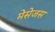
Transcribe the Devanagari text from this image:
मेसेजस